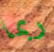
ربما